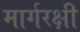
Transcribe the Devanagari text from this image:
मार्गरक्षी